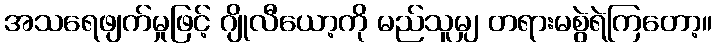
အသရေဖျက်မှုဖြင့် ဂျိုလီယော့ကို မည်သူမျှ တရားမစွဲရဲကြတော့။